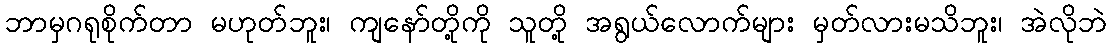
ဘာမှဂရုစိုက်တာ မဟုတ်ဘူး၊ ကျနော်တို့ကို သူတို့ အရွယ်လောက်များ မှတ်လားမသိဘူး၊ အဲလိုဘဲ